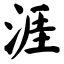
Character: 涯